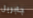
جابريل